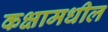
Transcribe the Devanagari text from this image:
कक्षामधील